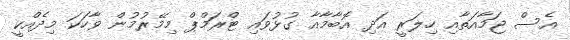
އެސް ޖަމާއަތާއި ހިލަރީ އަދި އޮބާމާއާ ގުޅުވައި ޓްރަމްޕް މިމޭރުމުން ވާހަކަ މިދެއްކީ